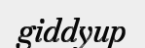
giddyup